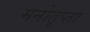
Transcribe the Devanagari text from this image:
मनोतृप्ता